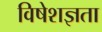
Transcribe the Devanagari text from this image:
विषेशज्ञता